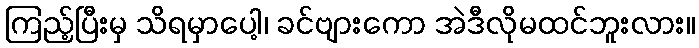
ကြည့်ပြီးမှ သိရမှာပေါ့၊ ခင်ဗျားကော အဲဒီလိုမထင်ဘူးလား။